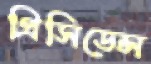
প্রিসিডেন্স